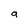
Character: g